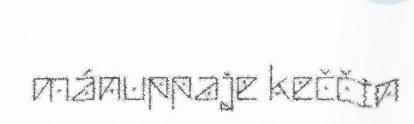
mánuppaje keččin